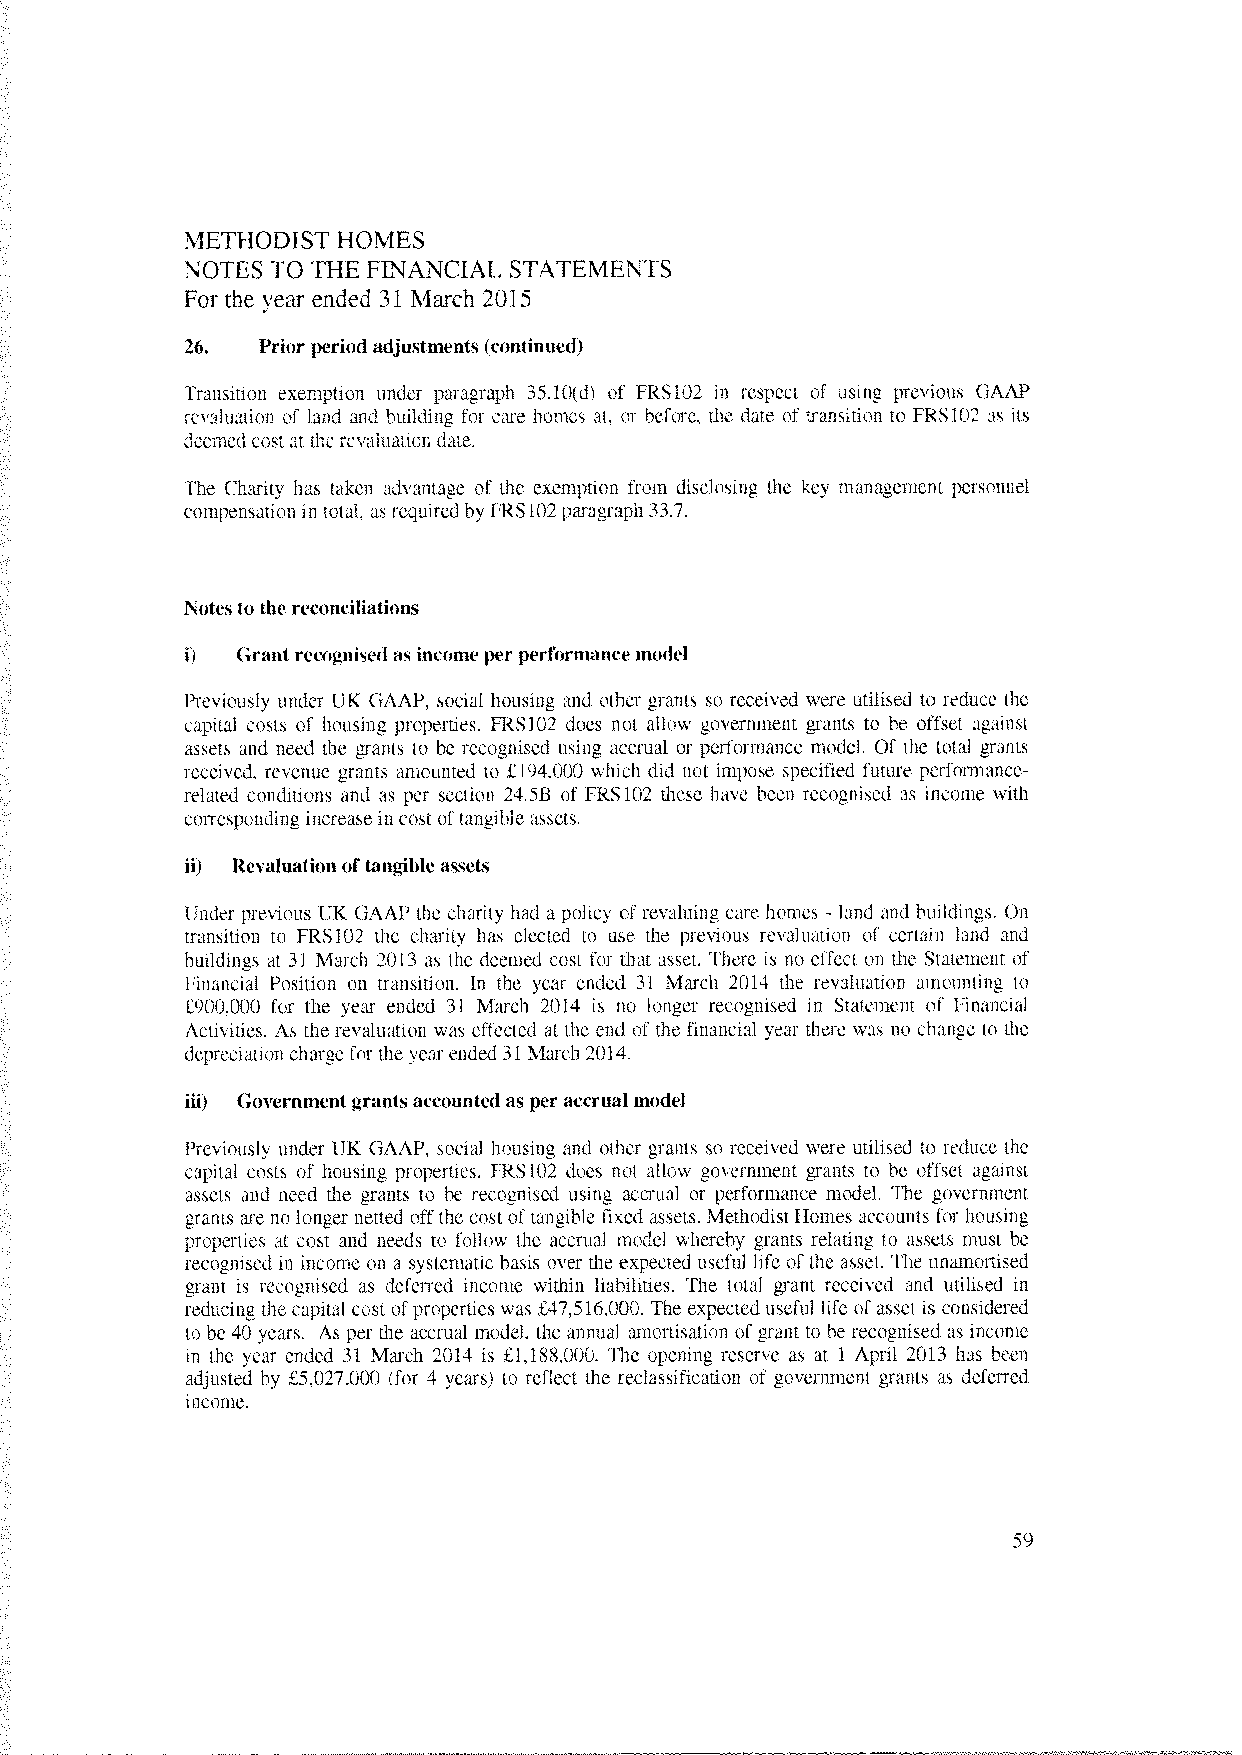
METHODIST HOMES
 NOTES TO THE FINANCIAL STATEMENTS
 For the year ended 31 March 2015
 26.  Prior period adjustments (continued)
 Transition exemption under paragraph 3510(d) of FRS102 in respect of using previous GAAP
 revaluation of land and building for care homes at. or before, the date of transition to FRS102 as its
 deemed cost at therevaluation date.
 The Charity has taken advantage of the exemption from disclosing the key management personnel
 compensation in total, asrequiredby FRS102paragraph 33.7.
 Notesto the reconciliations
 I)  Grant recognised as income per performance model
 Previously under UK GAAP, social housing and other grants so received were utilised to reduce the
 capital costs of housing properties. FRS102 does not allow government grants to be offset against
 assets and need the grants to he recognised using accrual or performance model. Of the total grants
 received, revenue grants amounted to £194,000 which did not impose specified future performance-
 related conditions and as per section 24.5B of FRS1O2 these have been recognised as income with
 corresponding increase in cost oftangible assets.
 ii) Revaluation oftangible assets
 Under previous UK GAAP the charity had a policy of revaluing care homes land and buildings. On
 -
 transition to FRS102 the charity has elected to use the previous revaluation of certain land and
 buildings at 31 March 2013 as the deemed cost for that asset. There is no effect on the Statement of
 Financial Position on transition. In the year ended 31 March 2014 the revaluation amounting to
 £90th000 for the year ended 31 March 2014 is no longer recognised in Statement of Financial
 Activities. As the revaluation was effected at the end of the financial year there was no change to the
 depreciation chargefor the year ended 31 March 2014.
 iii) Governmentgrants accounted as per accrual model
 Previously under UK GAAP, social housing and other grants so received were utilised to reduce the
 capital costs of housing properties. FRS102 does not allow government grants to he offset against
 assets and need the grants to he recognised using accrual or performance model. The government
 grants are no longer netted offthe cost oftangible fixed assets. MethodistHomes accounts for housing
 properties at cost and needs to follow the accrual model whereby grants relating to assets must he
 recognised in income on a systematic basis over the expected useful life of the asset. The unamortised
 grant is recognised as deferred income within liabilities. The total grant received and utilised in
 reducing the capital cost ofproperties was £47,516,000. The expected useful life ofasset is considered
 to be 40 years. As per the accrual model, the annual amortisation of grant to he recognised as income
 in the year ended 31 March 2014 is £1,188,000. The opening reserve as at 1 April 2013 has been
 adjusted by £5,027,000 (for 4 years) to reflect the reclassification of government grants as deferred
 income.
 59